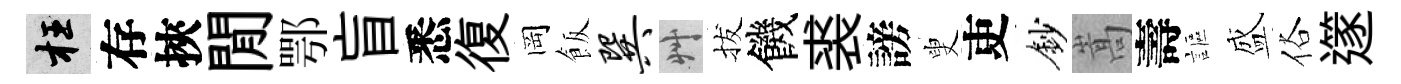
枉存挾閒鄂盲悉復岡飯巽艸拔饑裘謗叟吏鈔嵩壽謳盛俗𨗹